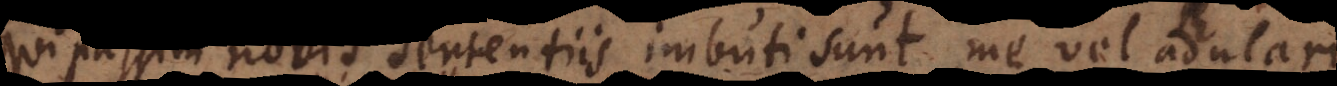
qui passim novis sententiis imbuti sunt, me vel adulari